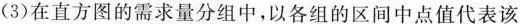
(3)在直方图的需求量分组中，以各组的区间中点值代表该